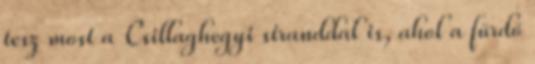
tesz most a Csillaghegyi stranddal is, ahol a fürdő